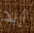
أريد